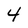
Character: 4